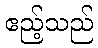
ဧည့်သည်